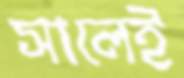
সালেই